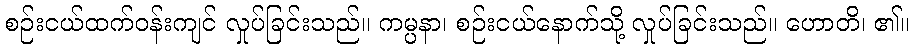
စဉ်းငယ်ထက်ဝန်းကျင် လှုပ်ခြင်းသည်။ ကမ္ပနာ၊ စဉ်းငယ်နောက်သို့ လှုပ်ခြင်းသည်။ ဟောတိ၊ ၏။